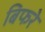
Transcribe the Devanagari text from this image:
बिफरे